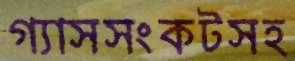
গ্যাসসংকটসহ